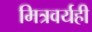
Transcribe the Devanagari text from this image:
मित्रवर्यही